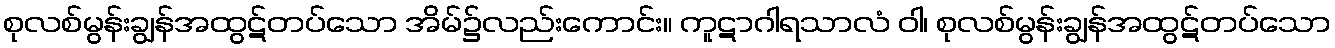
စုလစ်မွန်းချွန်အထွဋ်တပ်သော အိမ်၌လည်းကောင်း။ ကူဋာဂါရသာလံ ဝါ၊ စုလစ်မွန်းချွန်အထွဋ်တပ်သော